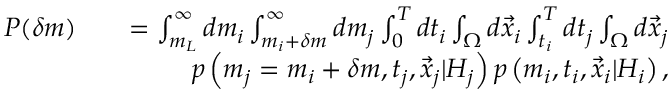
\begin{array} { r l r } { P ( \delta m ) } & { } & { = \int _ { m _ { L } } ^ { \infty } d m _ { i } \int _ { m _ { i } + \delta m } ^ { \infty } d m _ { j } \int _ { 0 } ^ { T } d t _ { i } \int _ { \Omega } d \vec { x } _ { i } \int _ { t _ { i } } ^ { T } d t _ { j } \int _ { \Omega } d \vec { x } _ { j } } \\ & { } & { p \left( m _ { j } = m _ { i } + \delta m , t _ { j } , \vec { x } _ { j } \vert { \cal H } _ { j } \right) p \left( m _ { i } , t _ { i } , \vec { x } _ { i } \vert { \cal H } _ { i } \right) , } \end{array}